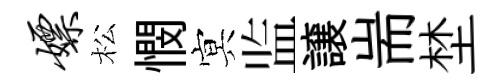
嫖松憫㝠监譲耑埜